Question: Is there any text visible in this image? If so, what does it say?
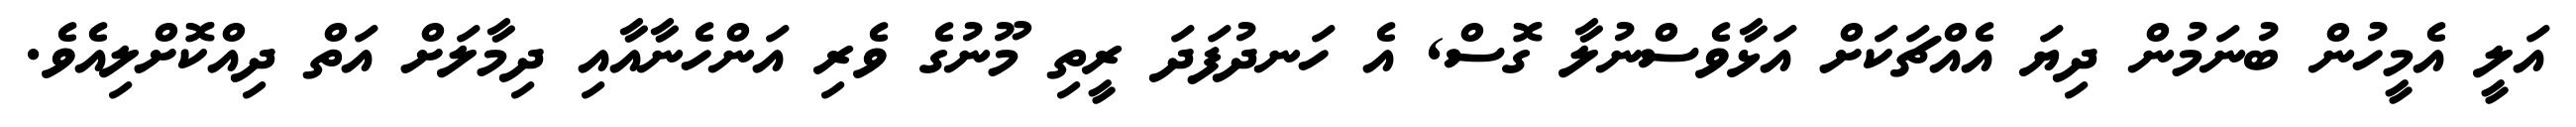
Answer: އަލީ އެމީހުން ބުނަމުން ދިޔަ އެއްޗަކަށް އަޅާވެސްނުލާ ގޮސް, އެ ހަނދުފަދަ ރީތި މޫނުގެ ވެރި އަންހެނާއާއި ދިމާލަށް އަތް ދިއްކޮށްލިއެވެ.